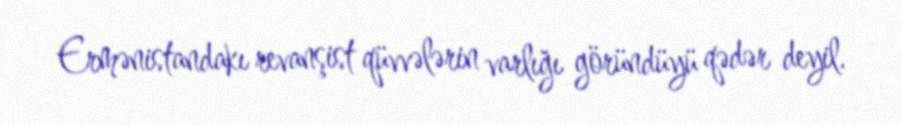
Ermənistandakı revanşist qüvvələrin varlığı göründüyü qədər deyil.